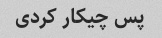
پس چیکار کردی